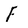
Character: F